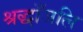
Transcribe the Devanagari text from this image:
श्रद्धाँजलि